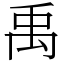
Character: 禹